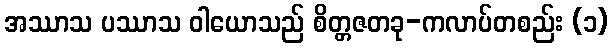
အဿာသ ပဿာသ ဝါယောသည် စိတ္တဇတခု-ကလာပ်တစည်း (၁)